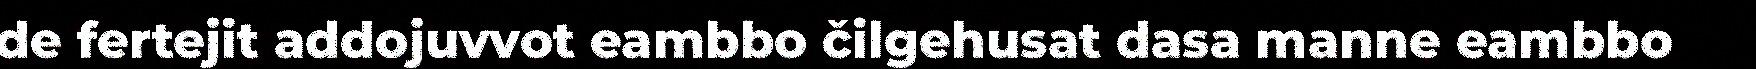
de fertejit addojuvvot eambbo čilgehusat dasa manne eambbo